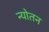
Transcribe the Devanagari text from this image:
न्योतन